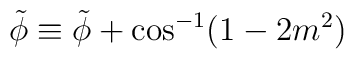
\tilde\phi \equiv \tilde \phi + \cos^{-1}(1 - 2m^2)